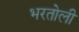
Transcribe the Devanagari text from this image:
भरतोली